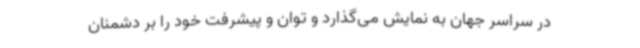
در سراسر جهان به نمایش می‌گذارد و توان و پیشرفت خود را بر دشمنان